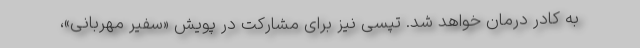
به کادر درمان خواهد شد. تپسی نیز برای مشارکت در پویش «سفیر مهربانی»،